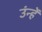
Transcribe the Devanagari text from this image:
उंन्हें